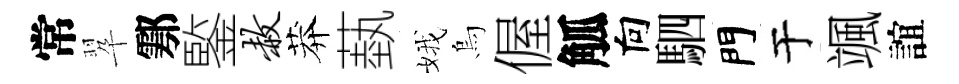
常翆鄠鍳赦莽蓺娥烏偓觚向駟門于颯誼